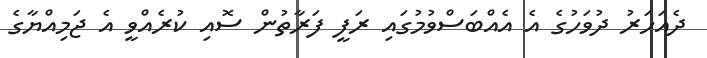
ދެއަހަރު ދުވަހުގެ އެ އެއްބަސްވުމުގައި ރަފީ ފަރާތުން ސޮއި ކުރެއްވީ އެ ޖަމިއްޔާގެ